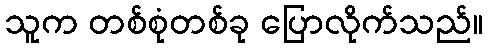
သူက တစ်စုံတစ်ခု ပြောလိုက်သည်။